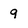
Character: 9